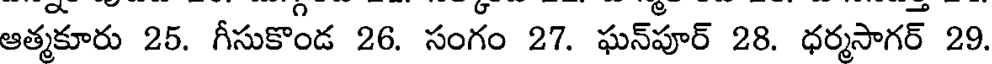
ఆత్మకూరు 25. గీసుకొండ 26. సంగం 27. ఘన్పూర్ 28. ధర్మసాగర్ 29.